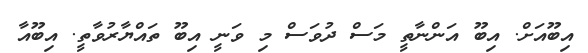
އިބޫއަށް. އިބޫ އަންނާތީ މަސް ދުވަސް މި ވަނީ އިބޫ ތައްޔާރުވާތީ. އިބޫއާ